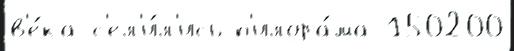
в'е́ка с'ел'и́л'ись п'илора́ма 150200